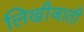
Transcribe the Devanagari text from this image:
लिखीजाती